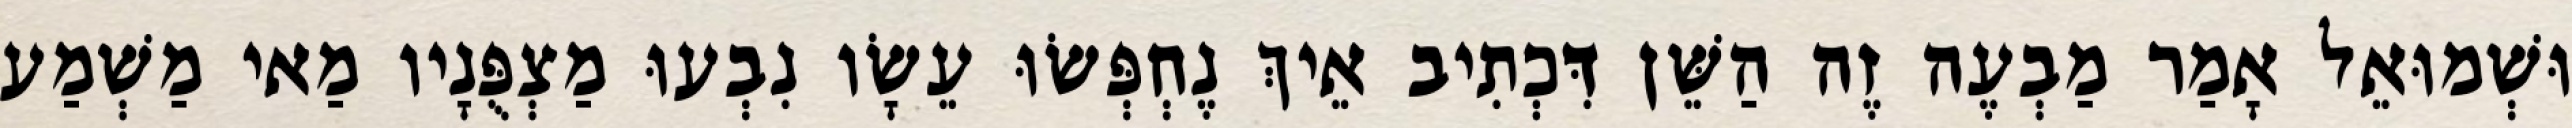
וּשְׁמוּאֵל אָמַר מַבְעֶה זֶה הַשֵּׁן דִּכְתִיב אֵיךְ נֶחְפְּשׂוּ עֵשָׂו נִבְעוּ מַצְפֻּנָיו מַאי מַשְׁמַע